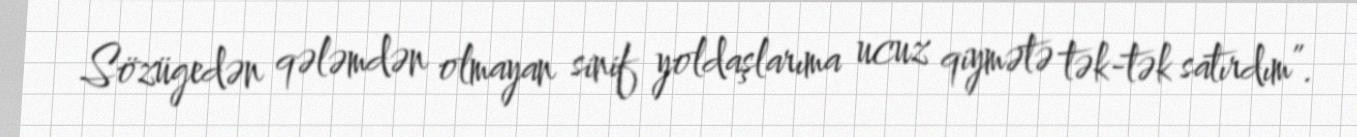
Sözügedən qələmdən olmayan sinif yoldaşlarıma ucuz qiymətə tək-tək satırdım”.